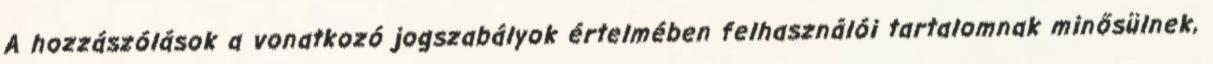
A hozzászólások a vonatkozó jogszabályok értelmében felhasználói tartalomnak minősülnek,